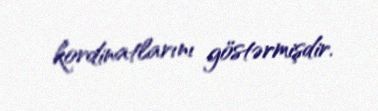
kordinatlarını göstərmişdir.